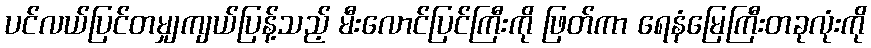
ပင်လယ်ပြင်တမျှကျယ်ပြန့်သည့် မီးလောင်ပြင်ကြီးကို ဖြတ်ကာ ရေနံမြေကြီးတခုလုံးကို